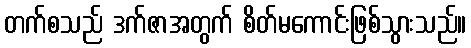
တက်စသည် ဒက်ဇာအတွက် စိတ်မကောင်းဖြစ်သွားသည်။